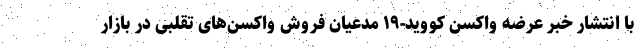
با انتشار خبر عرضه واکسن کووید-۱۹ مدعیان فروش واکسن‌های تقلبی در بازار